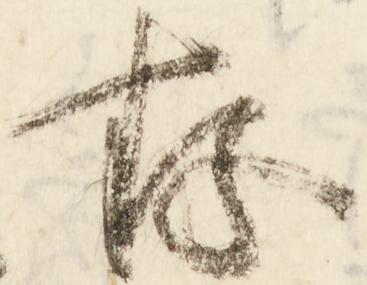
存